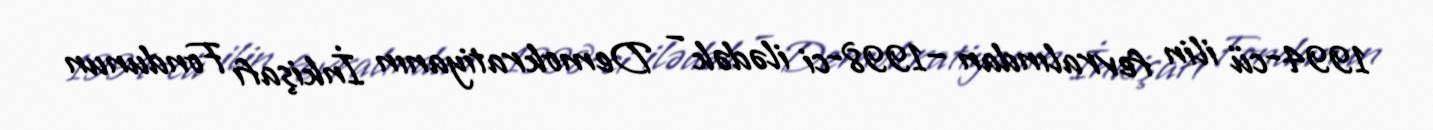
1994-cü ilin fevralından −1998-ci ilədək – Demokratiyanın İnkişafı Fondunun